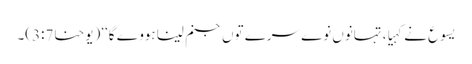
یسوع نے کہیا، تہانوں نوے سرے توں جنم لینا ہووے گا‘‘ (یوحنا3:7)۔